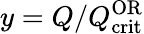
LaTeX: y=Q/Q_{\mathrm{crit}}^{\mathrm{OR}}